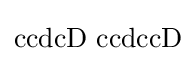
\mathrm {ccdcD\,\,ccdccD}